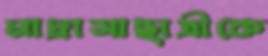
মাদ্রাসাছাত্রীকে